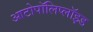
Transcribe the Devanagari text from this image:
आटोपॉलिप्लॉइड